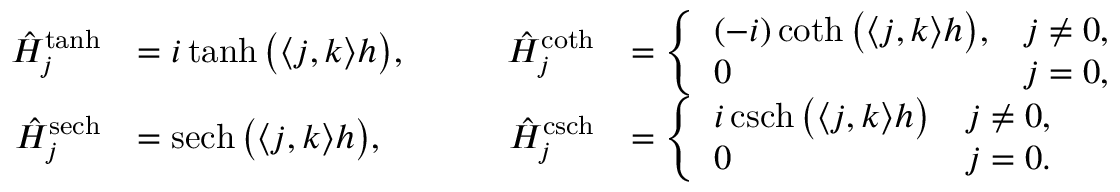
\begin{array} { r l r l } { \hat { H } _ { \boldsymbol j } ^ { \operatorname { t a n h } } } & { = i \operatorname { t a n h } \big ( \langle \boldsymbol j , \boldsymbol k \rangle h \big ) , } & { \qquad \hat { H } _ { \boldsymbol j } ^ { \coth } } & { = \left\{ \begin{array} { l l } { ( - i ) \coth \big ( \langle \boldsymbol j , \boldsymbol k \rangle h \big ) , } & { \boldsymbol j \ne \boldsymbol 0 , } \\ { 0 } & { \boldsymbol j = \boldsymbol 0 , } \end{array} \right. } \\ { \hat { H } _ { \boldsymbol j } ^ { \operatorname { s e c h } } } & { = \operatorname { s e c h } \big ( \langle \boldsymbol j , \boldsymbol k \rangle h \big ) , } & { \qquad \hat { H } _ { \boldsymbol j } ^ { \operatorname { c s c h } } } & { = \left\{ \begin{array} { l l } { i \operatorname { c s c h } \big ( \langle \boldsymbol j , \boldsymbol k \rangle h \big ) } & { \boldsymbol j \ne \boldsymbol 0 , } \\ { 0 } & { \boldsymbol j = \boldsymbol 0 . } \end{array} \right. } \end{array}